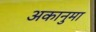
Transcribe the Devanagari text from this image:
अकानुमा